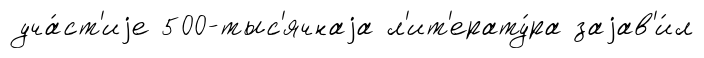
уча́ст'иjе 500-тыс'ячнаjа л'ит'ерату́ра заjав'и́л